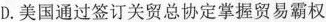
D.美国通过签订关贸总协定掌握贸易霸权